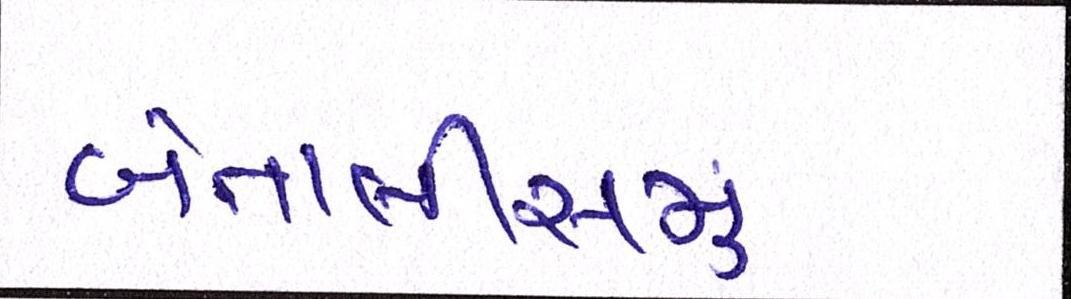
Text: બેતાલીસમું